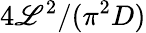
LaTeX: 4\mathscr{L}^{2}/(\pi^{2}D)